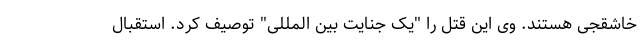
خاشقجی هستند. وی این قتل را "یک جنایت بین المللی" توصیف کرد. استقبال